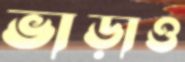
ভাড়াও